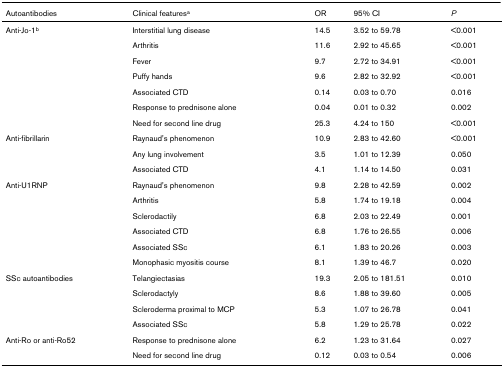
| Autoantibodies | Clinical featuresa | OR | 95% CI | P |
 | --- | --- | --- | --- | --- |
 | Anti-Jo-1b | Interstitial lung disease | 14.5 | 3.52 to 59.78 | <0.001 |
 |  | Arthritis | 11.6 | 2.92 to 45.65 | <0.001 |
 |  | Fever | 9.7 | 2.72 to 34.91 | <0.001 |
 |  | Puffy hands | 9.6 | 2.82 to 32.92 | <0.001 |
 |  | Associated CTD | 0.14 | 0.03 to 0.70 | 0.016 |
 |  | Response to prednisone alone | 0.04 | 0.01 to 0.32 | 0.002 |
 |  | Need for second line drug | 25.3 | 4.24 to 150 | <0.001 |
 | Anti-fibrillarin | Raynaud's phenomenon | 10.9 | 2.83 to 42.60 | <0.001 |
 |  | Any lung involvement | 3.5 | 1.01 to 12.39 | 0.050 |
 |  | Associated CTD | 4.1 | 1.14 to 14.50 | 0.031 |
 | Anti-U1RNP | Raynaud's phenomenon | 9.8 | 2.28 to 42.59 | 0.002 |
 |  | Arthritis | 5.8 | 1.74 to 19.18 | 0.004 |
 |  | Sclerodactily | 6.8 | 2.03 to 22.49 | 0.001 |
 |  | Associated CTD | 6.8 | 1.76 to 26.55 | 0.006 |
 |  | Associated SSc | 6.1 | 1.83 to 20.26 | 0.003 |
 |  | Monophasic myositis course | 8.1 | 1.39 to 46.7 | 0.020 |
 | SSc autoantibodies | Telangiectasias | 19.3 | 2.05 to 181.51 | 0.010 |
 |  | Sclerodactyly | 8.6 | 1.88 to 39.60 | 0.005 |
 |  | Scleroderma proximal to MCP | 5.3 | 1.07 to 26.78 | 0.041 |
 |  | Associated SSc | 5.8 | 1.29 to 25.78 | 0.022 |
 | Anti-Ro or anti-Ro52 | Response to prednisone alone | 6.2 | 1.23 to 31.64 | 0.027 |
 |  | Need for second line drug | 0.12 | 0.03 to 0.54 | 0.006 |